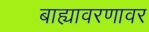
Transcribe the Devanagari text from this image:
बाह्यावरणावर